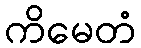
ကိမေတံ